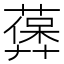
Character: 𦽻